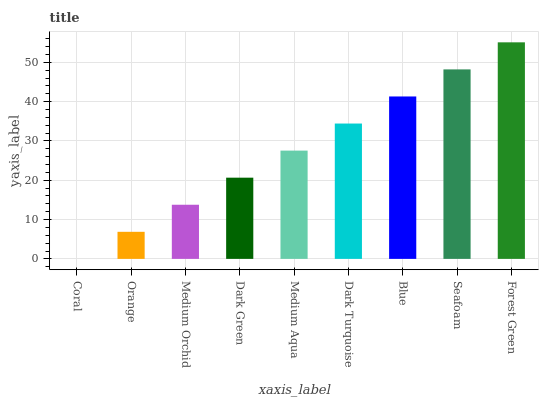
| xaxis_label | bars |
 | --- | --- |
 | Coral | 0 |
 | Orange | 6.89 |
 | Medium Orchid | 13.8 |
 | Dark Green | 20.7 |
 | Medium Aqua | 27.5 |
 | Dark Turquoise | 34.4 |
 | Blue | 41.3 |
 | Seafoam | 48.2 |
 | Forest Green | 55.1 |